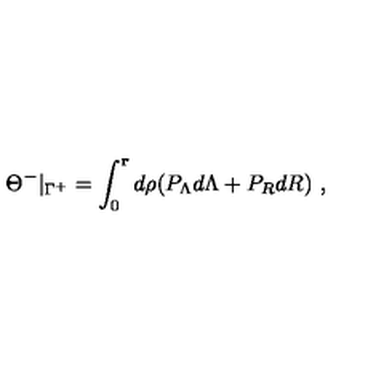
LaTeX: \Theta ^ { - } \vert _ { \Gamma ^ { + } } = \int _ { 0 } ^ { \mathbf r } d \rho ( P _ { \Lambda } d \Lambda + P _ { R } d R ) \ ,